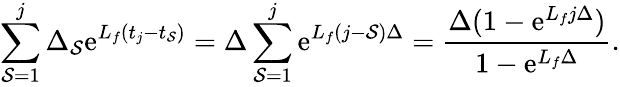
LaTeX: \sum_{\mathcal{S}=1}^{j}\Delta_{\mathcal{S}}\mathrm{{e}}^{L_{f}(t_{j}-t_{\mathcal{S}})}=\Delta\sum_{\mathcal{S}=1}^{j}\mathrm{{e}}^{L_{f}(j-\mathcal{S})\Delta}=\frac{{\Delta(1-\mathrm{{e}}^{L_{f}j\Delta})}}{{1-\mathrm{{e}}^{L_{f}\Delta}}}.